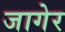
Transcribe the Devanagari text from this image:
जागेर